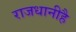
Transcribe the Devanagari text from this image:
राजधानीहै